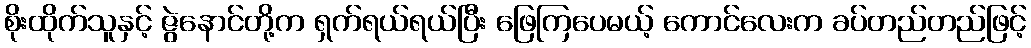
စိုးထိုက်သူနှင့် ဇွဲနောင်တို့က ရှက်ရယ်ရယ်ပြီး ဖြေကြပေမယ့် ကောင်လေးက ခပ်တည်တည်ဖြင့်